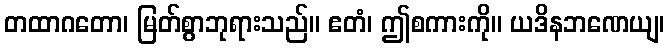
တထာဂတော၊ မြတ်စွာဘုရားသည်။ ဧတံ၊ ဤစကားကို။ ယဒိနဘဏေယျ၊